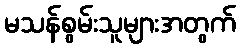
မသန်စွမ်းသူများအတွက်